Annual report on the Civil Veterinary Department, Burma (including the Insein Veterinary School) - 1923-1931
Year: 1923
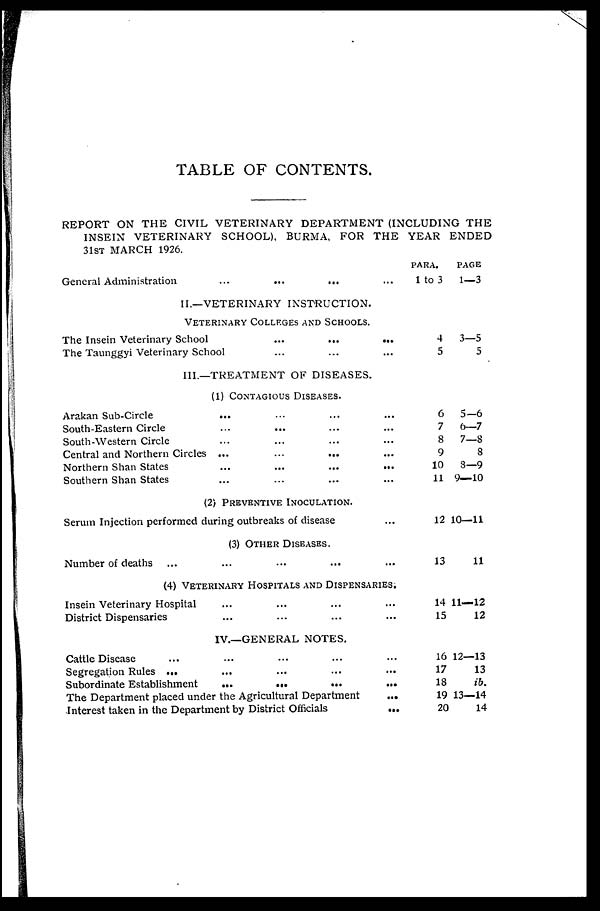
TABLE OF CONTENTS.
REPORT ON THE CIVIL VETERINARY DEPARTMENT (INCLUDING THE
INSEIN VETERINARY SCHOOL), BURMA, FOR THE YEAR ENDED
31st MARCH 1926.
General Administration
II.—VETERINARY INSTRUCTION.
VETERINARY COLLEGES AND SCHOOLS.
The Insein Veterinary School
...
...
...
The Taunggyi Veterinary School ... ... ...
III.—TREATMENT OF DISEASES.
(1) CONTAGIOUS DISEASES.
Arakan Sub-Circle ... ... ... ...
South-Eastern Circle ... ... ... ...
South-Western Circle ... ... ... ...
Central and Northern Circles ... ... ... ...
Northern Shan States
...
...
...
...
Southern Shan States ... ... ... ...
(2) PREVENTIVE INOCULATION.
Serum Injection performed during outbreaks of disease ...
(3) OTHER DISEASES.
Number of deaths ... ... ... ... ...
(4) VETERINARY HOSPITALS AND DISPENSARIES.
Insein Veterinary Hospital ... ... ... ...
District Dispensaries ... ... ... ...
IV.—GENERAL NOTES.
Cattle Disease ... ... ... ... ...
Segregation Rules ... ... ... ... ...
Subordinate Establishment
...
...
...
...
The Department placed under the Agricultural Department
...
Interest taken in the Department by District Officials
...
PARA.
PAGE
1 to 3
1—3
4
3—5
5
5
6
5—6
7
6—7
8
7—8
9
8
10
8—9
11 9—10
12 10—11
13
11
14 11—12
15
12
16 12—13
17
13
18
ib.
19 13—14
20
14